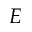
E